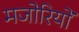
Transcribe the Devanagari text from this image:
मजोरियों